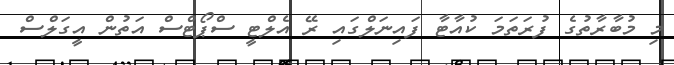
މި މުބާރާތުގެ ފުރަތަމަ ކުއާޓާ ފައިނަލްގައި ރޭ އެލްޓީ ސްޕޯޓްސް އަތުން އީގަލްސް